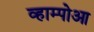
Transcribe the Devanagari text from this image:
व्हाम्पोआ